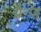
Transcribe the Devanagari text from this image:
ग्रैन्ज